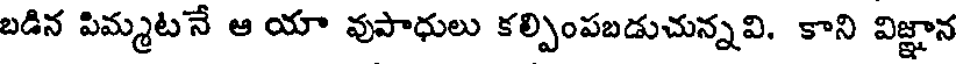
బడిన పిమ్మటనే ఆ యా వుపాధులు కల్పింపబడుచున్నవి. కాని విజ్ఞాన